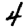
Digit: 4